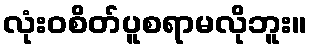
လုံးဝစိတ်ပူစရာမလိုဘူး။